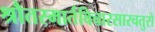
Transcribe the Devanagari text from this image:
श्रौतस्मार्तविचारसारचतुरो